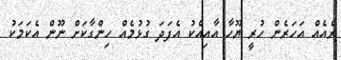
ރެއެއް އަހަރެން ހުރީ ޔޫހާ އާއިއެކު އެފަދަ ގުޅުމެއް ހިންގާކަށް ނޫން އެކަމަކު